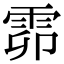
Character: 𩂞